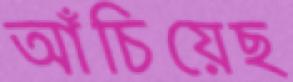
আঁচিয়েছ